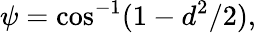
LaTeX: \psi=\cos^{-1}(1-d^{2}/2),